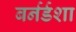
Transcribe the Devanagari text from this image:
बर्नर्डशा